Lunatic asylums United Provinces 1909-1921 - 1909-1921
Year: 1909
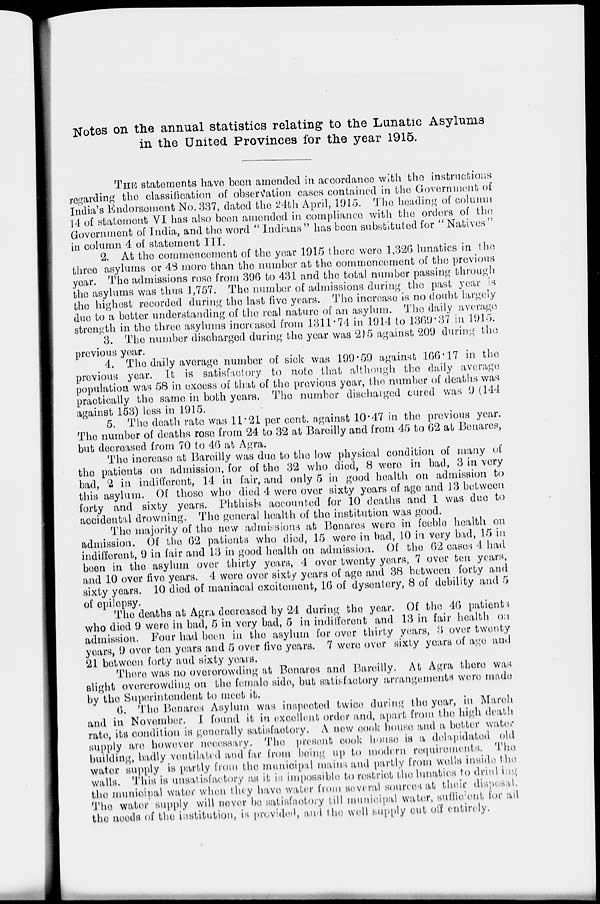
Notes on the annual statistics relating to the Lunatic Asylums
in the United Provinces for the year 1915.
THE statements have been amended in accordance with the instructions
regarding the classification of observation cases contained in the Government of
India's Endorsement No. 337, dated the 24th April, 1915. The heading of column
14 of statement VI has also been amended in compliance with the orders of the
Government of India, and the word " Indians" has been substituted for " Natives"
in column 4 of statement III.
2. At the commencement of the year 1915 there were 1,326 lunatics in the
three asylums or 48 more than the number at the commencement of the previous
year. The admissions rose from 396 to 431 and the total number passing through
the asylums was thus 1,757. The number of admissions during the past year is
the highest recorded during the last five years. The increase is no doubt largely
due to a better understanding of the real nature of an asylum. The daily average
strength in the three asylums increased from 1311.74 in 1914 to 1369.37 in 1915.
3. The number discharged during the year was 215 against 209 during the
previous year.
4. The daily average number of sick was 199.59 against 166.17 in the
previous year. It is satisfactory to note that although the daily average
population was 58 in excess of that of the previous year, the number of deaths was
practically the same in both years. The number discharged cured was 9(144
against 153) less in 1915.
5. The death rate was 11.21 per cent. against 10.47 in the previous year.
The number of deaths rose from 24 to 32 at Bareilly and from 45 to 62 at Benares,
but decreased from 70 to 46 at Agra.
The increase at Bareilly was due to the low physical condition of many of
the patients on admission, for of the 32 who died, 8 were in bad, 3 in very
bad, 2 in indifferent, 14 in fair, and only 5 in good health on admission to
this asylum. Of those who died 4 were over sixty years of age and 13 between
forty and sixty years. Phthisis accounted for 10 deaths and 1 was due to
accidental drowning. The general health of the institution was good.
The majority of the new admissions at Benares were in feeble health on
admission. Of the 62 patients who died, 15 were in bad, 10 in very bad, 15 in
indifferent, 9 in fair and 13 in good health on admission. Of the 62 cases 4 had
been in the asylum over thirty years, 4 over twenty years, 7 over ten years,
and 10 over five years. 4 were over sixty years of age and 38 between forty and
sixty years. 10 died of maniacal excitement, 16 of dysentery, 8 of debility and 5
of epilepsy.
The deaths at Agra decreased by 24 during the year. Of the 46 patients
who died 9 were in bad, 5 in very bad, 5 in indifferent and 13 in fair health on
admission. Four had been in the asylum for over thirty years, 3 over twenty
years, 9 over ten years and 5 over five years. 7 were over sixty years of age and
21 between forty and sixty years.
There was no overcrowding at Benares and Bareilly. At Agra there was
slight overcrowding on the female side, but satisfactory arrangements were made
by the Superintendent to meet it.
6. The Benares Asylum was inspected twice during the year, in March
and in November. I found it in excellent order and, apart from the high death
rate, its condition is generally satisfactory. A new cook house and a better water
supply are however necessary. The present cook house is a delapidated old
building, badly ventilated and far from being up to modern requirements. The
water supply is partly from the municipal mains and partly from wells inside the
walls. This is unsatisfactory as it is impossible to restrict the lunatics to drinking
the municipal water when they have water from several sources at their disposal.
The water supply will never be satisfactory till municipal water, sufficient for all
the needs of the institution, is provided, and the well supply cut off entirely.